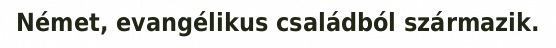
Német, evangélikus családból származik.